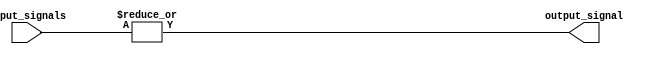
module OR_gate (
    input [31:0] input_signals,
    output reg output_signal
);

always @(*)
begin
    output_signal = |input_signals;
end

endmodule